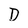
Character: D